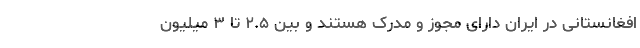
افغانستانی در ایران دارای مجوز و مدرک هستند و بین ۲.۵ تا ۳ میلیون